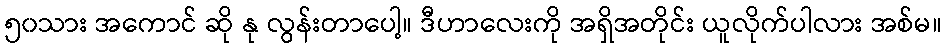
၅၀သား အကောင် ဆို နု လွန်းတာပေါ့။ ဒီဟာလေးကို အရှိအတိုင်း ယူလိုက်ပါလား အစ်မ။